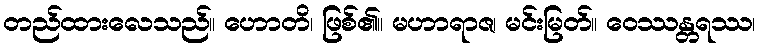
တည်ထားလေသည်။ ဟောတိ၊ ဖြစ်၏။ မဟာရာဇ၊ မင်းမြတ်။ ဝေဿန္တရဿ၊